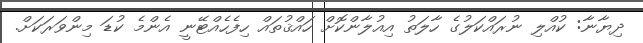
ދިޔާނާ: ކުއްލި ނުރައްކަލުގެ ހާލަތު އިއުލާންކޮށް ހައްޤުތައް ހިފެހެއްޓޭނީ އެންމެ ކުޑަ މިންވަރަކަށް.